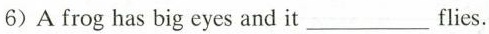
6)A frog has big eyes and it___flies.